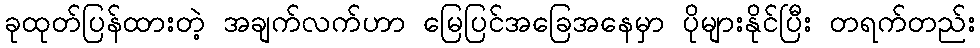
ခုထုတ်ပြန်ထားတဲ့ အချက်လက်ဟာ မြေပြင်အခြေအနေမှာ ပိုများနိုင်ပြီး တရက်တည်း